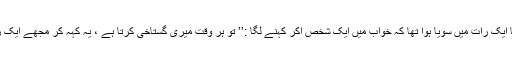
اور پھروہ کہنے لگا کہ میں حضرت علیؓکی شان میں بہت گستاخی کیا کرتا تھا ایک رات میں سویا ہوا تھا کہ خواب میں ایک شخص آکر کہنے لگا :’’ تو ہر وقت میری گستاخی کرتا ہے ، یہ کہہ کر مجھے ایک زوردار تھپڑ مارا جب صبح اٹھا تو میرا چہرہ ایک طرف سے سیاہ ہو چکا تھا۔